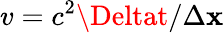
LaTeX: v=c^{2}\Deltat/\Delta\mathbf{x}